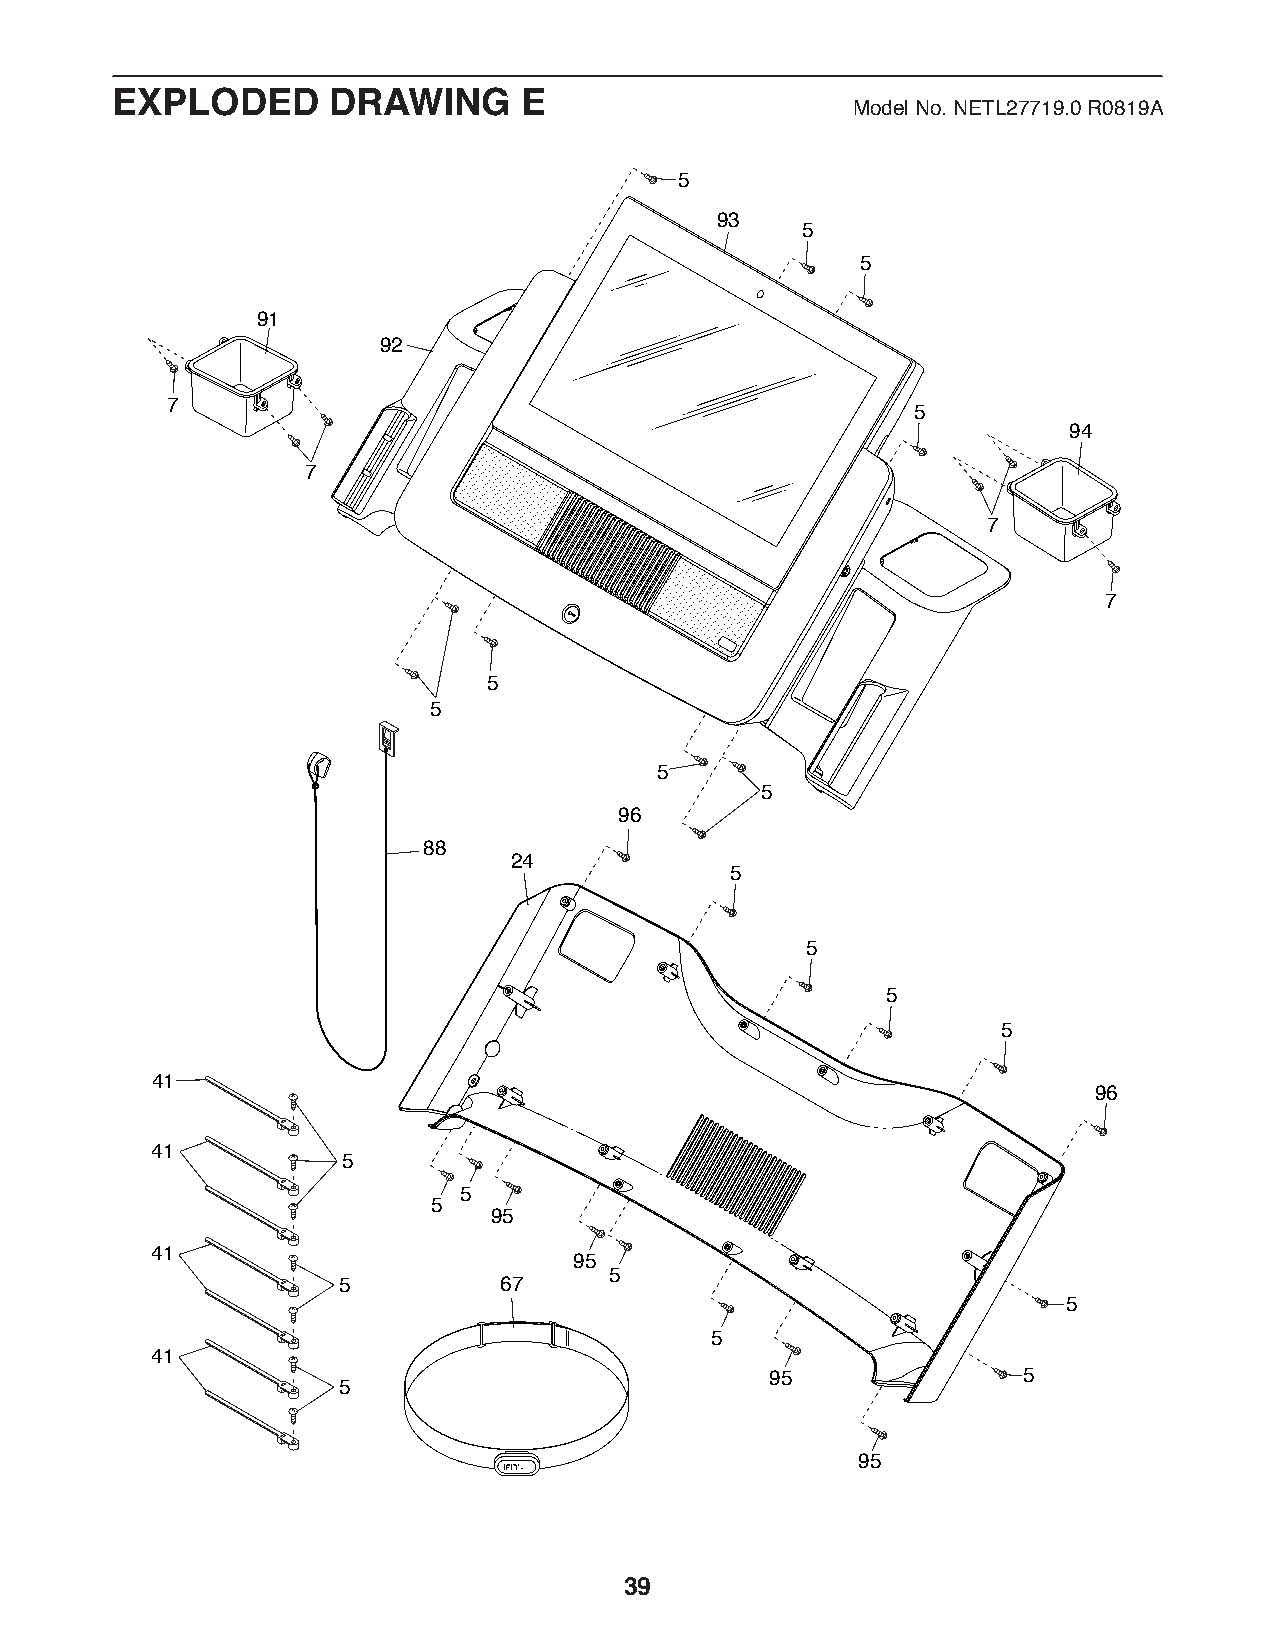
EXPLODED       DRAWING     E
 Model No. NETL27719.0 R0819A
 5
 93
 5
 5
 91
 92
 7
 5
 94
 7
 7
 7
 5
 5
 5
 5
 96
 88
 24
 5
 5
 5
 5
 41
 96
 41
 5
 5
 5
 95
 41
 95
 5
 5          67
 5
 5
 41
 95               5
 5
 95
 39